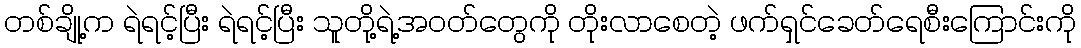
တစ်ချို့က ရဲရင့်ပြီး ရဲရင့်ပြီး သူတို့ရဲ့အဝတ်တွေကို တိုးလာစေတဲ့ ဖက်ရှင်ခေတ်ရေစီးကြောင်းကို